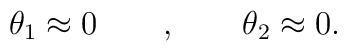
\theta_1\approx 0\qquad,\qquad\theta_2\approx 0.